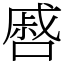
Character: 㗤